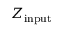
Z _ { \mathrm { i n p u t } }